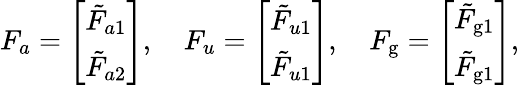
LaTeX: \begin{array}{r}{F_{a}=\left[\begin{array}{l}{\tilde{F}_{a1}}\\ {\tilde{F}_{a2}}\end{array}\right],\quad F_{u}=\left[\begin{array}{l}{\tilde{F}_{u1}}\\ {\tilde{F}_{u1}}\end{array}\right],\quad F_{\mathrm{g}}=\left[\begin{array}{l}{\tilde{F}_{\mathrm{g}1}}\\ {\tilde{F}_{\mathrm{g}1}}\end{array}\right],}\end{array}